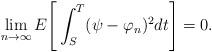
LaTeX: \begin{align*}\lim_{n \rightarrow \infty} E\Bigg[ \int^T_S ( \psi - \varphi_n)^2 dt \Bigg] = 0.\end{align*}